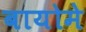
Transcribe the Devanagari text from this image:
बायोमे